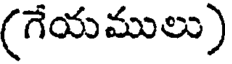
(గేయములు)